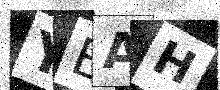
Text: YEAH